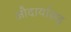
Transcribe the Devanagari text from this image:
औदार्यासह